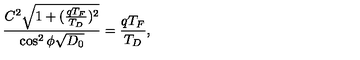
\frac { C ^ { 2 } \sqrt { 1 + ( \frac { q T _ { F } } { T _ { D } } ) ^ { 2 } } } { \cos ^ { 2 } \phi \sqrt { D _ { 0 } } } = \frac { q T _ { F } } { T _ { D } } ,